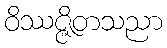
ဝိဿဇ္ဇိတသညာ